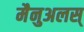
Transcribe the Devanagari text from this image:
मैनुअलस्